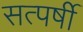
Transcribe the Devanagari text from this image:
सत्पर्षी